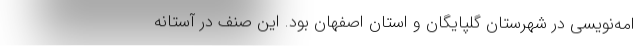
امه‌نویسی در شهرستان گلپایگان و استان اصفهان بود. این صنف در آستانه